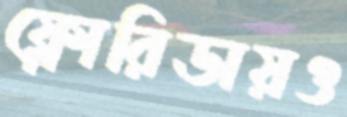
ফ্লোরিডায়ও